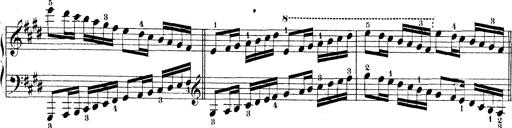
Title: Technische Studien
Composer: Franz Liszt